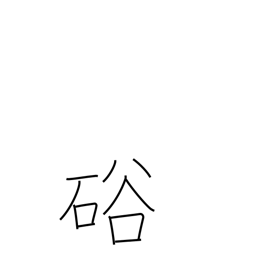
Meaning: gap